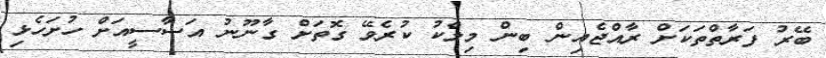
ބޭރު ފަރާތްތަކަށް ރާއްޖެއިން ބިން މިލްކު ކުރެވޭ ގޮތަށް ގާނޫނު އަސާސީއަށް ހުށަހެޅި